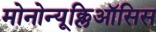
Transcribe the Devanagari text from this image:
मोनोन्यूक्लिऑसिस